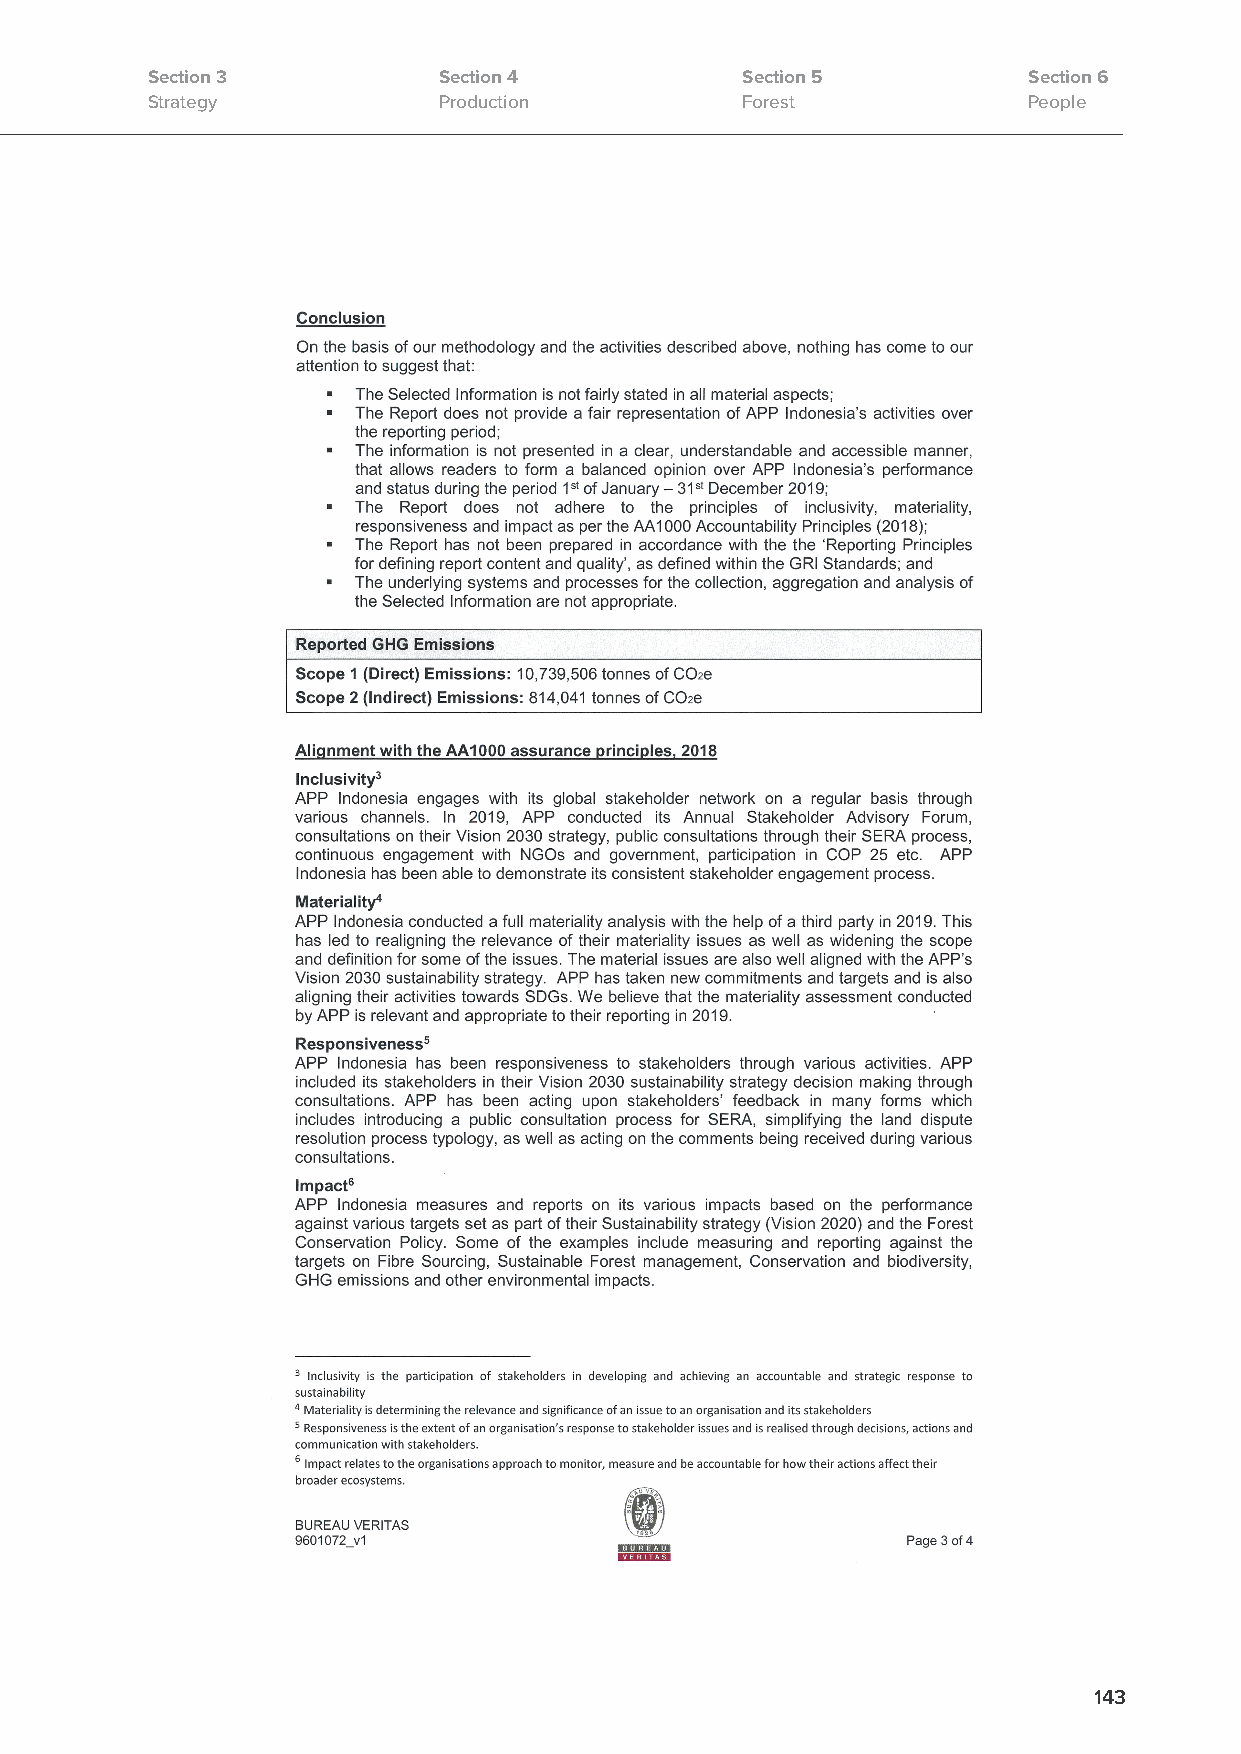
Section 3          Section 4           Section 5          Section 6
 Strategy           Production          Forest             People
 143